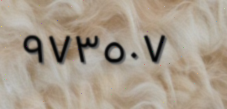
٩٧٣٥٠٧